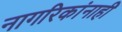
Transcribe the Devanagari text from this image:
नागरिकांनाही